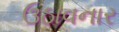
ઉઠાવનાર